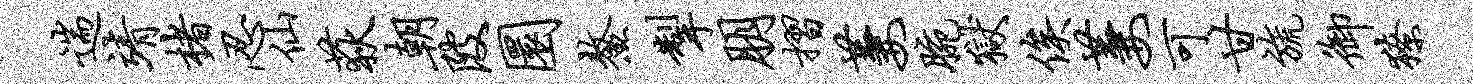
遄靖楮忍仙荻朝陂圜鳌掣朋摺萋腕狱俟萋可甘旒御獠